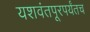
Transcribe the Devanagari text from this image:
यशवंतपूरपर्यंतच